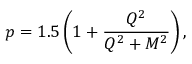
p = 1 . 5 \left( 1 + \frac { Q ^ { 2 } } { Q ^ { 2 } + M ^ { 2 } } \right) ,